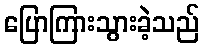
ပြောကြားသွားခဲ့သည်